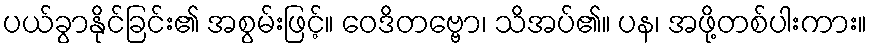
ပယ်ခွာနိုင်ခြင်း၏ အစွမ်းဖြင့်။ ဝေဒိတဗ္ဗော၊ သိအပ်၏။ ပန၊ အဖို့တစ်ပါးကား။